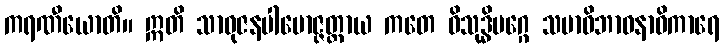
ကရဏီယောတိ။ ဣတိ သာဓုဇနပါမောဇ္ဇတ္ထာယ ကတေ ဝိသုဒ္ဓိမဂ္ဂေ သမာဓိဘာဝနာဓိကာရေ